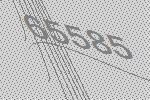
65585